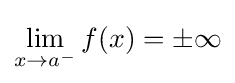
\lim _{x\to a^{-}}f(x)=\pm \infty